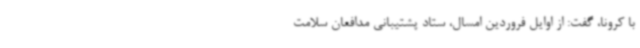
با کرونا، گفت: از اوایل فروردین امسال، ستاد پشتیبانی مدافعان سلامت